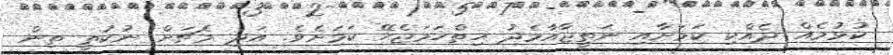
ކުޅުމެއް ދެއްކި ކަމަށާއި ނަތީޖާއާމެދު ހިތްހަމަޖެހޭ ކަމަށެވެ. އަދި މެޗަށް ނުކުތީ ތިން